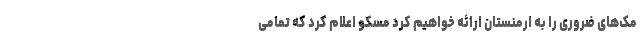
مک‌های ضروری را به ارمنستان ارائه خواهیم کرد مسکو اعلام کرد که تمامی